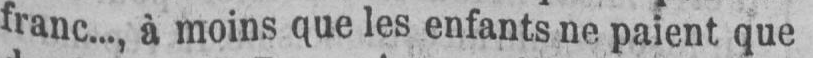
franc..., à moins que les enfants ne paient que